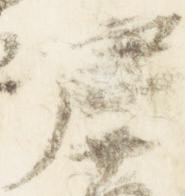
唐